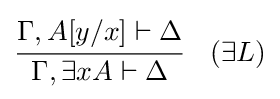
{\cfrac {\Gamma ,A[y/x]\vdash \Delta }{\Gamma ,\exists xA\vdash \Delta }}\quad ({\exists }L)